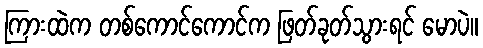
ကြားထဲက တစ်ကောင်ကောင်က ဖြတ်ခုတ်သွားရင် မောပဲ။